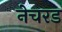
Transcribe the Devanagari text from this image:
नेचरड